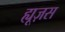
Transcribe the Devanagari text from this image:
ह्यूज़स